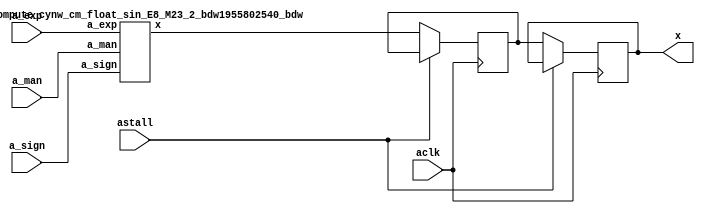
module DFT_compute_cynw_cm_float_sin_E8_M23_4( a_sign, a_exp, a_man, x, aclk, astall );
input a_sign;
input [7:0] a_exp;
input [22:0] a_man;
output [36:0] x;
wire[36:0] x_wire;
input aclk;
input astall;
DFT_compute_cynw_cm_float_sin_E8_M23_2_bdw1955802540_bdw DFT_compute_cynw_cm_float_sin_E8_M23_2_inst( .a_sign(a_sign), .a_exp(a_exp), .a_man(a_man), .x(x_wire));
reg [36:0] x_reg_0;
/* $A : movable_reg */
always @(posedge aclk) begin
    if ( !astall) x_reg_0 <= x_wire;
end
/* $A : movable_reg = reset */
reg [36:0] x_reg_1;
/* $A : movable_reg */
always @(posedge aclk) begin
    if ( !astall) x_reg_1 <= x_reg_0;
end
/* $A : movable_reg = reset */
assign x = x_reg_1;
endmodule
/*****************************************************************************
    Verilog Hierarchical RTL Description
    
    
    Created by: CellMath Designer 2019.1.01 
*******************************************************************************/

module DFT_compute_cynw_cm_float_sin_E8_M23_2_bdw1955802540_bdw (
	a_sign,
	a_exp,
	a_man,
	x
	); /* architecture "behavioural" */ 
input  a_sign;
input [7:0] a_exp;
input [22:0] a_man;
output [36:0] x;
wire  inst_cellmath__17,
	inst_cellmath__19,
	inst_cellmath__24;
wire [8:0] inst_cellmath__42;
wire [22:0] inst_cellmath__61;
wire  inst_cellmath__66,
	inst_cellmath__67,
	inst_cellmath__68,
	inst_cellmath__69,
	inst_cellmath__82;
wire [0:0] inst_cellmath__115__W1;
wire [29:0] inst_cellmath__195;
wire [20:0] inst_cellmath__197;
wire [32:0] inst_cellmath__198;
wire [49:0] inst_cellmath__200,
	inst_cellmath__201;
wire [30:0] inst_cellmath__210;
wire [4:0] inst_cellmath__215;
wire  inst_cellmath__219,
	inst_cellmath__223;
wire [7:0] inst_cellmath__228;
wire [22:0] inst_cellmath__231;
wire [31:0] inst_cellmath__237;
wire [0:0] inst_cellmath__79__46;
wire [20:0] inst_cellmath__197__131;
wire [31:0] inst_cellmath__211__183;
wire [5:0] inst_cellmath__211__182;
wire [0:0] inst_cellmath__216__184;
wire [53:0] inst_cellmath__220__188;
wire [6:0] inst_cellmath__221__195;
wire [0:0] inst_cellmath__223__207,
	inst_cellmath__223__208,
	inst_cellmath__223__199,
	inst_cellmath__224__212,
	inst_cellmath__228__231;
wire [55:0] inst_blk01_cellmath__39_56_0_;
wire [1:0] inst_cellmath__216_0;
wire [30:0] inst_cellmath__220_22_0_,
	inst_cellmath__220_22_0__0,
	inst_cellmath__220_22_0__1;
wire [29:0] inst_cellmath__48_32_0_;
wire [1:0] inst_cellmath__231__242_0_0_0;
wire [72:0] inst_cellmath__195__80_0_0;
wire [23:0] inst_blk01_cellmath__39__12_10_0,
	inst_blk01_cellmath__39__12_10_1,
	inst_blk01_cellmath__39__12_10_2,
	inst_blk01_cellmath__39__12_10_3,
	inst_blk01_cellmath__39__12_10_4,
	inst_blk01_cellmath__39__12_10_5,
	inst_blk01_cellmath__39__12_10_6,
	inst_blk01_cellmath__39__12_10_7,
	inst_blk01_cellmath__39__12_10_8,
	inst_blk01_cellmath__39__12_10_9,
	inst_blk01_cellmath__39__12_10_10;
wire [16:0] inst_cellmath__113_0_0,
	inst_cellmath__113_0_1;
wire [1:0] inst_cellmath__116__W1_0_0_1_0,
	inst_cellmath__116__W1_0_0_1_1;

assign x[32] = 1'B0;

assign inst_blk01_cellmath__39__12_10_0 = {1'B1,a_man};

assign inst_blk01_cellmath__39__12_10_1 = {1'B1,a_man};

assign inst_blk01_cellmath__39__12_10_2 = {1'B1,a_man};

assign inst_blk01_cellmath__39__12_10_3 = {1'B1,a_man};

assign inst_blk01_cellmath__39__12_10_4 = {1'B1,a_man};

assign inst_blk01_cellmath__39__12_10_5 = {1'B1,a_man};

assign inst_blk01_cellmath__39__12_10_6 = {1'B1,a_man};

assign inst_blk01_cellmath__39__12_10_7 = {1'B1,a_man};

assign inst_blk01_cellmath__39__12_10_8 = {1'B1,a_man};

assign inst_blk01_cellmath__39__12_10_9 = {1'B1,a_man};

assign inst_blk01_cellmath__39__12_10_10 = {1'B1,a_man};
cynw_cm_float_sin_inst_blk01_cellmath__39_bdw1955802540_bdw inst_blk01_cellmath__39_0(
	.inst_blk01_cellmath__39_out0(inst_blk01_cellmath__39_56_0_),
	.inst_blk01_cellmath__39_in0(a_man)
	) ;
cynw_cm_float_sin_inst_cellmath__42_0_bdw1955802540_bdw inst_cellmath__42_0_0(
	.inst_cellmath__42_0_out0(inst_cellmath__42[5:0]),
	.inst_cellmath__42_0_in0(a_exp[5:0])
	) ;
cynw_cm_float_sin_inst_cellmath__48_bdw1955802540_bdw inst_cellmath__48_0(
	.inst_cellmath__48_out0(inst_cellmath__48_32_0_[24:0]),
	.inst_cellmath__48_in0(inst_cellmath__42[5:0]),
	.inst_cellmath__48_in1(inst_blk01_cellmath__39_56_0_[55:26])
	) ;
cynw_cm_float_sin_inst_cellmath__61_0_bdw1955802540_bdw inst_cellmath__61_0_0(
	.inst_cellmath__61_0_out0(inst_cellmath__61),
	.inst_cellmath__61_0_in0(inst_cellmath__48_32_0_[23:0])
	) ;

assign inst_cellmath__115__W1 = ~inst_cellmath__61[16];

assign inst_cellmath__116__W1_0_0_1_0 = {inst_cellmath__115__W1,inst_cellmath__61[15]};

assign inst_cellmath__116__W1_0_0_1_1 = {inst_cellmath__115__W1,inst_cellmath__61[15]};

assign inst_cellmath__113_0_0 = {inst_cellmath__116__W1_0_0_1_1,inst_cellmath__61[14:0]};

assign inst_cellmath__113_0_1 = {inst_cellmath__116__W1_0_0_1_0,inst_cellmath__61[14:0]};
cynw_cm_float_sin_inst_cellmath__195__80__2WWMM_2WWMM_bdw1955802540_bdw inst_cellmath__195__80__2WWMM_2WWMM_0(
	.inst_cellmath__195__80__2WWMM_2WWMM_out0(inst_cellmath__195__80_0_0),
	.inst_cellmath__195__80__2WWMM_2WWMM_in0(inst_cellmath__61[22:17])
	) ;

assign inst_cellmath__195[29:4] = inst_cellmath__195__80_0_0[72:47];

assign inst_cellmath__195[3:0] = inst_cellmath__195__80_0_0[46:43];

assign inst_cellmath__197__131[20] = 1'B1;

assign inst_cellmath__197[2:0] = inst_cellmath__195__80_0_0[25:23];

assign inst_cellmath__197__131[19:0] = inst_cellmath__195__80_0_0[42:23];

assign inst_cellmath__197[20:18] = inst_cellmath__197__131[20:18];

assign inst_cellmath__197[17:3] = inst_cellmath__195__80_0_0[40:26];
cynw_cm_float_sin_inst_cellmath__198_0_bdw1955802540_bdw inst_cellmath__198_0_0(
	.inst_cellmath__198_0_out0(inst_cellmath__198),
	.inst_cellmath__198_0_in0(inst_cellmath__61[15:0]),
	.inst_cellmath__198_0_in1(inst_cellmath__115__W1)
	) ;
cynw_cm_float_sin_inst_cellmath__201_0_bdw1955802540_bdw inst_cellmath__201_0_0(
	.inst_cellmath__201_0_out0(inst_cellmath__201),
	.inst_cellmath__201_0_in0(inst_cellmath__61[15:0]),
	.inst_cellmath__201_0_in1(inst_cellmath__198[32:17]),
	.inst_cellmath__201_0_in2(inst_cellmath__195__80_0_0[72:23]),
	.inst_cellmath__201_0_in3(inst_cellmath__195__80_0_0[21:0]),
	.inst_cellmath__201_0_in4(inst_cellmath__115__W1)
	) ;
cynw_cm_float_sin_inst_cellmath__200_0_bdw1955802540_bdw inst_cellmath__200_0_0(
	.inst_cellmath__200_0_out0(inst_cellmath__200[48:0]),
	.inst_cellmath__200_0_in0(inst_cellmath__201)
	) ;

assign inst_cellmath__210 = {{8{1'B0}}, inst_cellmath__200[47:25]};
cynw_cm_float_sin_inst_cellmath__19_0_bdw1955802540_bdw inst_cellmath__19_0_0(
	.inst_cellmath__19_0_out0(inst_cellmath__19),
	.inst_cellmath__19_0_in0(a_exp)
	) ;
cynw_cm_float_sin_inst_cellmath__24_0_bdw1955802540_bdw inst_cellmath__24_0_0(
	.inst_cellmath__24_0_out0(inst_cellmath__24),
	.inst_cellmath__24_0_in0(a_man)
	) ;
cynw_cm_float_sin_inst_cellmath__66_0_bdw1955802540_bdw inst_cellmath__66_0_0(
	.inst_cellmath__66_0_out0(inst_cellmath__66),
	.inst_cellmath__66_0_in0(inst_cellmath__24),
	.inst_cellmath__66_0_in1(inst_cellmath__19),
	.inst_cellmath__66_0_in2(a_sign)
	) ;
cynw_cm_float_sin_inst_cellmath__67_0_bdw1955802540_bdw inst_cellmath__67_0_0(
	.inst_cellmath__67_0_out0(inst_cellmath__67),
	.inst_cellmath__67_0_in0(inst_cellmath__24),
	.inst_cellmath__67_0_in1(inst_cellmath__19),
	.inst_cellmath__67_0_in2(a_sign)
	) ;
cynw_cm_float_sin_inst_cellmath__68_0_bdw1955802540_bdw inst_cellmath__68_0_0(
	.inst_cellmath__68_0_out0(inst_cellmath__68),
	.inst_cellmath__68_0_in0(inst_cellmath__67),
	.inst_cellmath__68_0_in1(inst_cellmath__66)
	) ;
cynw_cm_float_sin_inst_cellmath__69_0_bdw1955802540_bdw inst_cellmath__69_0_0(
	.inst_cellmath__69_0_out0(inst_cellmath__69),
	.inst_cellmath__69_0_in0(inst_cellmath__24),
	.inst_cellmath__69_0_in1(inst_cellmath__19)
	) ;
cynw_cm_float_sin_inst_cellmath__82_0_bdw1955802540_bdw inst_cellmath__82_0_0(
	.inst_cellmath__82_0_out0(inst_cellmath__82),
	.inst_cellmath__82_0_in0(inst_cellmath__69),
	.inst_cellmath__82_0_in1(inst_cellmath__19)
	) ;
cynw_cm_float_sin_inst_cellmath__17_0_bdw1955802540_bdw inst_cellmath__17_0_0(
	.inst_cellmath__17_0_out0(inst_cellmath__17),
	.inst_cellmath__17_0_in0(a_exp)
	) ;
cynw_cm_float_sin_inst_cellmath__79__46__bdw1955802540_bdw inst_cellmath__79__46__0(
	.inst_cellmath__79__46__out0(inst_cellmath__79__46),
	.inst_cellmath__79__46__in0(inst_cellmath__68),
	.inst_cellmath__79__46__in1(inst_cellmath__17)
	) ;
cynw_cm_float_sin_inst_cellmath__228__231__bdw1955802540_bdw inst_cellmath__228__231__0(
	.inst_cellmath__228__231__out0(inst_cellmath__228__231),
	.inst_cellmath__228__231__in0(inst_cellmath__82),
	.inst_cellmath__228__231__in1(inst_cellmath__79__46),
	.inst_cellmath__228__231__in2(inst_cellmath__68)
	) ;

assign inst_cellmath__231__242_0_0_0 = {inst_cellmath__228__231,inst_cellmath__200[46]};
cynw_cm_float_sin_inst_cellmath__216__184__bdw1955802540_bdw inst_cellmath__216__184__0(
	.inst_cellmath__216__184__out0(inst_cellmath__216__184),
	.inst_cellmath__216__184__in0(a_exp)
	) ;
cynw_cm_float_sin_inst_cellmath__219_0_bdw1955802540_bdw inst_cellmath__219_0_0(
	.inst_cellmath__219_0_out0(inst_cellmath__219),
	.inst_cellmath__219_0_in0(inst_cellmath__61[22]),
	.inst_cellmath__219_0_in1(inst_cellmath__200[48])
	) ;

assign inst_cellmath__216_0 = {inst_cellmath__216__184,inst_cellmath__219};

assign inst_cellmath__211__183 = {inst_cellmath__210,1'B1};
cynw_cm_float_sin_inst_cellmath__211__182__bdw1955802540_bdw inst_cellmath__211__182__0(
	.inst_cellmath__211__182__out0(inst_cellmath__211__182[4:0]),
	.inst_cellmath__211__182__in0(inst_cellmath__200[47:25])
	) ;
cynw_cm_float_sin_inst_cellmath__215_0_bdw1955802540_bdw inst_cellmath__215_0_0(
	.inst_cellmath__215_0_out0(inst_cellmath__215),
	.inst_cellmath__215_0_in0(inst_cellmath__211__182[4:0])
	) ;
cynw_cm_float_sin_inst_cellmath__220__188__bdw1955802540_bdw inst_cellmath__220__188__0(
	.inst_cellmath__220__188__out0(inst_cellmath__220__188[22:0]),
	.inst_cellmath__220__188__in0(inst_cellmath__215),
	.inst_cellmath__220__188__in1(inst_cellmath__200[47:25])
	) ;
cynw_cm_float_sin_inst_cellmath__221__195__bdw1955802540_bdw inst_cellmath__221__195__0(
	.inst_cellmath__221__195__out0(inst_cellmath__221__195),
	.inst_cellmath__221__195__in0(inst_cellmath__215)
	) ;

assign inst_cellmath__220_22_0__0 = {inst_cellmath__220__188[22:0],1'B0,inst_cellmath__221__195};

assign inst_cellmath__220_22_0__1 = {a_man,a_exp};
cynw_cm_float_sin_inst_cellmath__220_2WWMM_bdw1955802540_bdw inst_cellmath__220_2WWMM_0(
	.inst_cellmath__220_2WWMM_out0(inst_cellmath__220_22_0_),
	.inst_cellmath__220_2WWMM_in0(inst_cellmath__221__195),
	.inst_cellmath__220_2WWMM_in1(inst_cellmath__220__188[22:0]),
	.inst_cellmath__220_2WWMM_in2(inst_cellmath__219),
	.inst_cellmath__220_2WWMM_in3(inst_cellmath__216__184),
	.inst_cellmath__220_2WWMM_in4(a_man),
	.inst_cellmath__220_2WWMM_in5(a_exp)
	) ;
cynw_cm_float_sin_inst_cellmath__223__208__bdw1955802540_bdw inst_cellmath__223__208__0(
	.inst_cellmath__223__208__out0(inst_cellmath__223__208),
	.inst_cellmath__223__208__in0(inst_cellmath__220_22_0_[29:0])
	) ;
cynw_cm_float_sin_inst_cellmath__223__207__bdw1955802540_bdw inst_cellmath__223__207__0(
	.inst_cellmath__223__207__out0(inst_cellmath__223__207),
	.inst_cellmath__223__207__in0(inst_cellmath__48_32_0_[24]),
	.inst_cellmath__223__207__in1(a_sign)
	) ;
cynw_cm_float_sin_inst_cellmath__223__199__bdw1955802540_bdw inst_cellmath__223__199__0(
	.inst_cellmath__223__199__out0(inst_cellmath__223__199),
	.inst_cellmath__223__199__in0(inst_cellmath__82),
	.inst_cellmath__223__199__in1(inst_cellmath__79__46),
	.inst_cellmath__223__199__in2(inst_cellmath__223__208),
	.inst_cellmath__223__199__in3(inst_cellmath__223__207)
	) ;
cynw_cm_float_sin_inst_cellmath__223_0_bdw1955802540_bdw inst_cellmath__223_0_0(
	.inst_cellmath__223_0_out0(inst_cellmath__223),
	.inst_cellmath__223_0_in0(inst_cellmath__223__199),
	.inst_cellmath__223_0_in1(inst_cellmath__216__184),
	.inst_cellmath__223_0_in2(a_sign)
	) ;
cynw_cm_float_sin_inst_cellmath__224__212__bdw1955802540_bdw inst_cellmath__224__212__0(
	.inst_cellmath__224__212__out0(inst_cellmath__224__212),
	.inst_cellmath__224__212__in0(inst_cellmath__82),
	.inst_cellmath__224__212__in1(inst_cellmath__79__46)
	) ;
cynw_cm_float_sin_inst_cellmath__228_0_bdw1955802540_bdw inst_cellmath__228_0_0(
	.inst_cellmath__228_0_out0(inst_cellmath__228),
	.inst_cellmath__228_0_in0(inst_cellmath__228__231),
	.inst_cellmath__228_0_in1(inst_cellmath__224__212),
	.inst_cellmath__228_0_in2(inst_cellmath__220_22_0_[7:0])
	) ;
cynw_cm_float_sin_inst_cellmath__231_0_bdw1955802540_bdw inst_cellmath__231_0_0(
	.inst_cellmath__231_0_out0(inst_cellmath__231),
	.inst_cellmath__231_0_in0(inst_cellmath__82),
	.inst_cellmath__231_0_in1(inst_cellmath__228__231),
	.inst_cellmath__231_0_in2(inst_cellmath__220_22_0_[30:8]),
	.inst_cellmath__231_0_in3(inst_cellmath__200[46])
	) ;

assign inst_cellmath__237 = {inst_cellmath__223,inst_cellmath__228,inst_cellmath__231};

assign x[31:0] = inst_cellmath__237;

assign x[36:33] = 4'B0000;
endmodule

module cynw_cm_float_sin_inst_blk01_cellmath__39_bdw1955802540_bdw (
	inst_blk01_cellmath__39_out0,
	inst_blk01_cellmath__39_in0
	); /* architecture "behavioural" */ 
output [55:0] inst_blk01_cellmath__39_out0;
input [22:0] inst_blk01_cellmath__39_in0;
wire [23:0] inst_blk01_cellmath__39__12_10_9,
	inst_blk01_cellmath__39__12_10_8,
	inst_blk01_cellmath__39__12_10_7,
	inst_blk01_cellmath__39__12_10_6,
	inst_blk01_cellmath__39__12_10_5,
	inst_blk01_cellmath__39__12_10_4,
	inst_blk01_cellmath__39__12_10_3,
	inst_blk01_cellmath__39__12_10_2,
	inst_blk01_cellmath__39__12_10_1,
	inst_blk01_cellmath__39__12_10_0,
	inst_blk01_cellmath__39__12_10_10;

assign inst_blk01_cellmath__39__12_10_9 = {1'B1,inst_blk01_cellmath__39_in0};

assign inst_blk01_cellmath__39__12_10_8 = {1'B1,inst_blk01_cellmath__39_in0};

assign inst_blk01_cellmath__39__12_10_7 = {1'B1,inst_blk01_cellmath__39_in0};

assign inst_blk01_cellmath__39__12_10_6 = {1'B1,inst_blk01_cellmath__39_in0};

assign inst_blk01_cellmath__39__12_10_5 = {1'B1,inst_blk01_cellmath__39_in0};

assign inst_blk01_cellmath__39__12_10_4 = {1'B1,inst_blk01_cellmath__39_in0};

assign inst_blk01_cellmath__39__12_10_3 = {1'B1,inst_blk01_cellmath__39_in0};

assign inst_blk01_cellmath__39__12_10_2 = {1'B1,inst_blk01_cellmath__39_in0};

assign inst_blk01_cellmath__39__12_10_1 = {1'B1,inst_blk01_cellmath__39_in0};

assign inst_blk01_cellmath__39__12_10_0 = {1'B1,inst_blk01_cellmath__39_in0};

assign inst_blk01_cellmath__39__12_10_10 = {1'B1,inst_blk01_cellmath__39_in0};

assign inst_blk01_cellmath__39_out0 = 
	-((inst_blk01_cellmath__39__12_10_9<<1))
	-((inst_blk01_cellmath__39__12_10_8<<4))
	-((inst_blk01_cellmath__39__12_10_7<<7))
	+((inst_blk01_cellmath__39__12_10_6<<10))
	-((inst_blk01_cellmath__39__12_10_5<<15))
	+((inst_blk01_cellmath__39__12_10_4<<17))
	-((inst_blk01_cellmath__39__12_10_3<<19))
	-((inst_blk01_cellmath__39__12_10_2<<24))
	+((inst_blk01_cellmath__39__12_10_1<<26))
	+((inst_blk01_cellmath__39__12_10_0<<29))
	+((inst_blk01_cellmath__39__12_10_10<<31));
endmodule

module cynw_cm_float_sin_inst_cellmath__42_0_bdw1955802540_bdw (
	inst_cellmath__42_0_out0,
	inst_cellmath__42_0_in0
	); /* architecture "behavioural" */ 
output [5:0] inst_cellmath__42_0_out0;
input [5:0] inst_cellmath__42_0_in0;

assign inst_cellmath__42_0_out0 = 
	-(inst_cellmath__42_0_in0)
	+(6'B000101);
endmodule

module cynw_cm_float_sin_inst_cellmath__48_bdw1955802540_bdw (
	inst_cellmath__48_out0,
	inst_cellmath__48_in0,
	inst_cellmath__48_in1
	); /* architecture "behavioural" */ 
output [24:0] inst_cellmath__48_out0;
input [5:0] inst_cellmath__48_in0;
input [55:26] inst_cellmath__48_in1;

assign inst_cellmath__48_out0 = inst_cellmath__48_in1 >> inst_cellmath__48_in0;
endmodule

module cynw_cm_float_sin_inst_cellmath__61_0_bdw1955802540_bdw (
	inst_cellmath__61_0_out0,
	inst_cellmath__61_0_in0
	); /* architecture "behavioural" */ 
output [22:0] inst_cellmath__61_0_out0;
input [23:0] inst_cellmath__61_0_in0;

reg [22:0] inst_cellmath__61_0_out0_tmp_0;
assign inst_cellmath__61_0_out0 = inst_cellmath__61_0_out0_tmp_0;
always @ (inst_cellmath__61_0_in0[23] or inst_cellmath__61_0_in0[22:0]) begin
	case (inst_cellmath__61_0_in0[23])
		1'B0 : inst_cellmath__61_0_out0_tmp_0 = inst_cellmath__61_0_in0[22:0] ;
		default : inst_cellmath__61_0_out0_tmp_0 = ~inst_cellmath__61_0_in0[22:0] ;
	endcase
end
endmodule

module cynw_cm_float_sin_inst_cellmath__195__80__2WWMM_2WWMM_bdw1955802540_bdw (
	inst_cellmath__195__80__2WWMM_2WWMM_out0,
	inst_cellmath__195__80__2WWMM_2WWMM_in0
	); /* architecture "behavioural" */ 
output [72:0] inst_cellmath__195__80__2WWMM_2WWMM_out0;
input [22:17] inst_cellmath__195__80__2WWMM_2WWMM_in0;

reg [72:0] inst_cellmath__195__80__2WWMM_2WWMM_out0_tmp_0;
assign inst_cellmath__195__80__2WWMM_2WWMM_out0 = inst_cellmath__195__80__2WWMM_2WWMM_out0_tmp_0;
always @ (inst_cellmath__195__80__2WWMM_2WWMM_in0) begin
	case (inst_cellmath__195__80__2WWMM_2WWMM_in0)
		6'B000000 : inst_cellmath__195__80__2WWMM_2WWMM_out0_tmp_0 = 73'B0000001100100100001110100100001111111000010000000001100100100001011000001 ;
		6'B000001 : inst_cellmath__195__80__2WWMM_2WWMM_out0_tmp_0 = 73'B0000100101101100001100101011111111101000110000001001100100011101100000000 ;
		6'B000010 : inst_cellmath__195__80__2WWMM_2WWMM_out0_tmp_0 = 73'B0000111110110010101101110011111111011001010001001001100100010101110000001 ;
		6'B000011 : inst_cellmath__195__80__2WWMM_2WWMM_out0_tmp_0 = 73'B0001010111110110110100000000111111001001110011101001100100001010001000110 ;
		6'B000100 : inst_cellmath__195__80__2WWMM_2WWMM_out0_tmp_0 = 73'B0001110000110111100001011100101110111010011000010001100011111010101010001 ;
		6'B000101 : inst_cellmath__195__80__2WWMM_2WWMM_out0_tmp_0 = 73'B0010001001110011111000011001111110101010111111100001100011100111010101001 ;
		6'B000110 : inst_cellmath__195__80__2WWMM_2WWMM_out0_tmp_0 = 73'B0010100010101010111011010110011110011011101010000101100011010000001010010 ;
		6'B000111 : inst_cellmath__195__80__2WWMM_2WWMM_out0_tmp_0 = 73'B0010111011011011101100111011111110001100011000100001100010110101001010100 ;
		6'B001000 : inst_cellmath__195__80__2WWMM_2WWMM_out0_tmp_0 = 73'B0011010100000101010000000100111101111101001011011001100010010110010110111 ;
		6'B001001 : inst_cellmath__195__80__2WWMM_2WWMM_out0_tmp_0 = 73'B0011101100100110100111111100111101101110000011010101100001110011110000101 ;
		6'B001010 : inst_cellmath__195__80__2WWMM_2WWMM_out0_tmp_0 = 73'B0100000100111110111000000011101101011111000000111001100001001101011001001 ;
		6'B001011 : inst_cellmath__195__80__2WWMM_2WWMM_out0_tmp_0 = 73'B0100011101001101000100001111111101010000000100101001100000100011010001101 ;
		6'B001100 : inst_cellmath__195__80__2WWMM_2WWMM_out0_tmp_0 = 73'B0100110101010000010000110000111101000001001111001101011111110101011100000 ;
		6'B001101 : inst_cellmath__195__80__2WWMM_2WWMM_out0_tmp_0 = 73'B0101001101000111100010010000101100110010100001001001011111000011111010000 ;
		6'B001110 : inst_cellmath__195__80__2WWMM_2WWMM_out0_tmp_0 = 73'B0101100100110001111101110111011100100011111010111101011110001110101101011 ;
		6'B001111 : inst_cellmath__195__80__2WWMM_2WWMM_out0_tmp_0 = 73'B0101111100001110101001001100011100010101011101010001011101010101111000010 ;
		6'B010000 : inst_cellmath__195__80__2WWMM_2WWMM_out0_tmp_0 = 73'B0110010011011100101010011001001100000111001000100101011100011001011100111 ;
		6'B010001 : inst_cellmath__195__80__2WWMM_2WWMM_out0_tmp_0 = 73'B0110101010011011001000001010111011111000111101100001011011011001011101100 ;
		6'B010010 : inst_cellmath__195__80__2WWMM_2WWMM_out0_tmp_0 = 73'B0111000001001001001001110110001011101010111100101001011010010101111100100 ;
		6'B010011 : inst_cellmath__195__80__2WWMM_2WWMM_out0_tmp_0 = 73'B0111010111100101110111010111001011011101000110011001011001001110111100110 ;
		6'B010100 : inst_cellmath__195__80__2WWMM_2WWMM_out0_tmp_0 = 73'B0111101101110000011001010100111011001111011011011001011000000100100000111 ;
		6'B010101 : inst_cellmath__195__80__2WWMM_2WWMM_out0_tmp_0 = 73'B1000000011100111111001000011111011000001111100000101010110110110101011101 ;
		6'B010110 : inst_cellmath__195__80__2WWMM_2WWMM_out0_tmp_0 = 73'B1000011001001011100000100110111010110100101001000101010101100101100000000 ;
		6'B010111 : inst_cellmath__195__80__2WWMM_2WWMM_out0_tmp_0 = 73'B1000101110011010011010110010001010100111100010110101010100010001000001011 ;
		6'B011000 : inst_cellmath__195__80__2WWMM_2WWMM_out0_tmp_0 = 73'B1001000011010011110011001100101010011010101001111001010010111001010010110 ;
		6'B011001 : inst_cellmath__195__80__2WWMM_2WWMM_out0_tmp_0 = 73'B1001010111110110110110010011001010001101111110101101010001011110010111101 ;
		6'B011010 : inst_cellmath__195__80__2WWMM_2WWMM_out0_tmp_0 = 73'B1001101100000010110001011000101010000001100001110001010000000000010011100 ;
		6'B011011 : inst_cellmath__195__80__2WWMM_2WWMM_out0_tmp_0 = 73'B1001111111110110110010101001111001110101010011100101001110011111001001111 ;
		6'B011100 : inst_cellmath__195__80__2WWMM_2WWMM_out0_tmp_0 = 73'B1010010011010010001001001101111001101001010100100101001100111010111110110 ;
		6'B011101 : inst_cellmath__195__80__2WWMM_2WWMM_out0_tmp_0 = 73'B1010100110010100000101001001011001011101100101010101001011010011110101110 ;
		6'B011110 : inst_cellmath__195__80__2WWMM_2WWMM_out0_tmp_0 = 73'B1010111000111011110111011111011001010010000110001001001001101001110010111 ;
		6'B011111 : inst_cellmath__195__80__2WWMM_2WWMM_out0_tmp_0 = 73'B1011001011001000110010010011001001000110110111100101000111111100111010011 ;
		6'B100000 : inst_cellmath__195__80__2WWMM_2WWMM_out0_tmp_0 = 73'B1011011100111010001000101010101000111011111010000001000110001101010000011 ;
		6'B100001 : inst_cellmath__195__80__2WWMM_2WWMM_out0_tmp_0 = 73'B1011101110001111001110101111101000110001001101111001000100011010111001001 ;
		6'B100010 : inst_cellmath__195__80__2WWMM_2WWMM_out0_tmp_0 = 73'B1011111111000111011001110001111000100110110011100101000010100101111001000 ;
		6'B100011 : inst_cellmath__195__80__2WWMM_2WWMM_out0_tmp_0 = 73'B1100001111100010000000000111111000011100101011100001000000101110010100101 ;
		6'B100100 : inst_cellmath__195__80__2WWMM_2WWMM_out0_tmp_0 = 73'B1100011111011110011001010010001000010010110110000100111110110100010000101 ;
		6'B100101 : inst_cellmath__195__80__2WWMM_2WWMM_out0_tmp_0 = 73'B1100101110111011111101111010101000001001010011101000111100110111110001100 ;
		6'B100110 : inst_cellmath__195__80__2WWMM_2WWMM_out0_tmp_0 = 73'B1100111101111010000111110111101000000000000100101000111010111000111100010 ;
		6'B100111 : inst_cellmath__195__80__2WWMM_2WWMM_out0_tmp_0 = 73'B1101001100011000010010001101100111110111001001010100111000110111110101110 ;
		6'B101000 : inst_cellmath__195__80__2WWMM_2WWMM_out0_tmp_0 = 73'B1101011010010101111001001111000111101110100010000100110110110100100010111 ;
		6'B101001 : inst_cellmath__195__80__2WWMM_2WWMM_out0_tmp_0 = 73'B1101100111110010011010011111100111100110001111010000110100101111001000110 ;
		6'B101010 : inst_cellmath__195__80__2WWMM_2WWMM_out0_tmp_0 = 73'B1101110100101101010100110011100111011110010001001100110010100111101100100 ;
		6'B101011 : inst_cellmath__195__80__2WWMM_2WWMM_out0_tmp_0 = 73'B1110000001000110001000010011010111010110101000001000110000011110010011011 ;
		6'B101100 : inst_cellmath__195__80__2WWMM_2WWMM_out0_tmp_0 = 73'B1110001100111100010110011010010111001111010100011100101110010011000010101 ;
		6'B101101 : inst_cellmath__195__80__2WWMM_2WWMM_out0_tmp_0 = 73'B1110011000001111100001111010000111001000010110010100101100000101111111110 ;
		6'B101110 : inst_cellmath__195__80__2WWMM_2WWMM_out0_tmp_0 = 73'B1110100010111111001110111010000111000001101110001000101001110111010000000 ;
		6'B101111 : inst_cellmath__195__80__2WWMM_2WWMM_out0_tmp_0 = 73'B1110101101001011000010111010000110111011011100000100100111100110111001000 ;
		6'B110000 : inst_cellmath__195__80__2WWMM_2WWMM_out0_tmp_0 = 73'B1110110110110010100100110001000110110101100000011000100101010101000000010 ;
		6'B110001 : inst_cellmath__195__80__2WWMM_2WWMM_out0_tmp_0 = 73'B1110111111110101011100110001000110101111111011010100100011000001101011011 ;
		6'B110010 : inst_cellmath__195__80__2WWMM_2WWMM_out0_tmp_0 = 73'B1111001000010011010100100101100110101010101101000100100000101101000000001 ;
		6'B110011 : inst_cellmath__195__80__2WWMM_2WWMM_out0_tmp_0 = 73'B1111010000001011110111010101110110100101110101110100011110010111000100001 ;
		6'B110100 : inst_cellmath__195__80__2WWMM_2WWMM_out0_tmp_0 = 73'B1111010111011110110001100100100110100001010101110100011011111111111101010 ;
		6'B110101 : inst_cellmath__195__80__2WWMM_2WWMM_out0_tmp_0 = 73'B1111011110001011110001010010000110011101001101001100011001100111110001010 ;
		6'B110110 : inst_cellmath__195__80__2WWMM_2WWMM_out0_tmp_0 = 73'B1111100100010010100101111011110110011001011100000100010111001110100110001 ;
		6'B110111 : inst_cellmath__195__80__2WWMM_2WWMM_out0_tmp_0 = 73'B1111101001110011000000011101100110010110000010101100010100110100100001101 ;
		6'B111000 : inst_cellmath__195__80__2WWMM_2WWMM_out0_tmp_0 = 73'B1111101110101100110011010001110110010011000001001000010010011001101001110 ;
		6'B111001 : inst_cellmath__195__80__2WWMM_2WWMM_out0_tmp_0 = 73'B1111110010111111110010010010100110010000010111100000001111111110000100100 ;
		6'B111010 : inst_cellmath__195__80__2WWMM_2WWMM_out0_tmp_0 = 73'B1111110110101011110010111000110110001110000101111100001101100001110111111 ;
		6'B111011 : inst_cellmath__195__80__2WWMM_2WWMM_out0_tmp_0 = 73'B1111111001110000101011111110110110001100001100100000001011000101001001111 ;
		6'B111100 : inst_cellmath__195__80__2WWMM_2WWMM_out0_tmp_0 = 73'B1111111100001110010101111110010110001010101011010000001000101000000000100 ;
		6'B111101 : inst_cellmath__195__80__2WWMM_2WWMM_out0_tmp_0 = 73'B1111111110000100101010110010110110001001100010010000000110001010100001111 ;
		6'B111110 : inst_cellmath__195__80__2WWMM_2WWMM_out0_tmp_0 = 73'B1111111111010011100101111000000110001000110001100100000011101100110100000 ;
		default : inst_cellmath__195__80__2WWMM_2WWMM_out0_tmp_0 = 73'B1111111111111011000100001011010110001000011001001100000001001110111101000 ;
	endcase
end
endmodule

module cynw_cm_float_sin_inst_cellmath__198_0_bdw1955802540_bdw (
	inst_cellmath__198_0_out0,
	inst_cellmath__198_0_in0,
	inst_cellmath__198_0_in1
	); /* architecture "behavioural" */ 
output [32:0] inst_cellmath__198_0_out0;
input [15:0] inst_cellmath__198_0_in0;
input [0:0] inst_cellmath__198_0_in1;
wire [16:0] inst_cellmath__113_0_0;
wire [1:0] inst_cellmath__116__W1_0_0_1_1;

assign inst_cellmath__116__W1_0_0_1_1 = {inst_cellmath__198_0_in1,inst_cellmath__198_0_in0[15]};

assign inst_cellmath__113_0_0 = {inst_cellmath__116__W1_0_0_1_1,inst_cellmath__198_0_in0[14:0]};

assign inst_cellmath__198_0_out0 = 
	+(
		 (({1{inst_cellmath__113_0_0[16]}}&{1'B1}) << 32)
		+(({3{inst_cellmath__113_0_0[15]}}&{inst_cellmath__113_0_0[16],1'B0,1'B1}) << 30)
		+(({5{inst_cellmath__113_0_0[14]}}&{{{1{inst_cellmath__113_0_0[16]}}, inst_cellmath__113_0_0[16:15]},1'B0,1'B1}) << 28)
		+(({7{inst_cellmath__113_0_0[13]}}&{{{2{inst_cellmath__113_0_0[16]}}, inst_cellmath__113_0_0[16:14]},1'B0,1'B1}) << 26)
		+(({9{inst_cellmath__113_0_0[12]}}&{{{3{inst_cellmath__113_0_0[16]}}, inst_cellmath__113_0_0[16:13]},1'B0,1'B1}) << 24)
		+(({11{inst_cellmath__113_0_0[11]}}&{{{4{inst_cellmath__113_0_0[16]}}, inst_cellmath__113_0_0[16:12]},1'B0,1'B1}) << 22)
		+(({13{inst_cellmath__113_0_0[10]}}&{{{5{inst_cellmath__113_0_0[16]}}, inst_cellmath__113_0_0[16:11]},1'B0,1'B1}) << 20)
		+(({15{inst_cellmath__113_0_0[9]}}&{{{6{inst_cellmath__113_0_0[16]}}, inst_cellmath__113_0_0[16:10]},1'B0,1'B1}) << 18)
		+(({17{inst_cellmath__113_0_0[8]}}&{{{7{inst_cellmath__113_0_0[16]}}, inst_cellmath__113_0_0[16:9]},1'B0,1'B1}) << 16)
		+(({19{inst_cellmath__113_0_0[7]}}&{{{8{inst_cellmath__113_0_0[16]}}, inst_cellmath__113_0_0[16:8]},1'B0,1'B1}) << 14)
		+(({21{inst_cellmath__113_0_0[6]}}&{{{9{inst_cellmath__113_0_0[16]}}, inst_cellmath__113_0_0[16:7]},1'B0,1'B1}) << 12)
		+(({23{inst_cellmath__113_0_0[5]}}&{{{10{inst_cellmath__113_0_0[16]}}, inst_cellmath__113_0_0[16:6]},1'B0,1'B1}) << 10)
		+(({25{inst_cellmath__113_0_0[4]}}&{{{11{inst_cellmath__113_0_0[16]}}, inst_cellmath__113_0_0[16:5]},1'B0,1'B1}) << 8)
		+(({27{inst_cellmath__113_0_0[3]}}&{{{12{inst_cellmath__113_0_0[16]}}, inst_cellmath__113_0_0[16:4]},1'B0,1'B1}) << 6)
		+(({29{inst_cellmath__113_0_0[2]}}&{{{13{inst_cellmath__113_0_0[16]}}, inst_cellmath__113_0_0[16:3]},1'B0,1'B1}) << 4)
		+(({31{inst_cellmath__113_0_0[1]}}&{{{14{inst_cellmath__113_0_0[16]}}, inst_cellmath__113_0_0[16:2]},1'B0,1'B1}) << 2)
		+(({33{inst_cellmath__113_0_0[0]}}&{{{15{inst_cellmath__113_0_0[16]}}, inst_cellmath__113_0_0[16:1]},1'B0,1'B1}) << 0)
	);
endmodule

module cynw_cm_float_sin_inst_cellmath__201_0_bdw1955802540_bdw (
	inst_cellmath__201_0_out0,
	inst_cellmath__201_0_in0,
	inst_cellmath__201_0_in1,
	inst_cellmath__201_0_in2,
	inst_cellmath__201_0_in3,
	inst_cellmath__201_0_in4
	); /* architecture "behavioural" */ 
output [49:0] inst_cellmath__201_0_out0;
input [15:0] inst_cellmath__201_0_in0;
input [32:17] inst_cellmath__201_0_in1;
input [72:23] inst_cellmath__201_0_in2;
input [21:0] inst_cellmath__201_0_in3;
input [0:0] inst_cellmath__201_0_in4;
wire [29:0] inst_cellmath__195;
wire [20:0] inst_cellmath__197;
wire [16:0] inst_cellmath__113_0_1;
wire [20:0] inst_cellmath__197__131;
wire [1:0] inst_cellmath__116__W1_0_0_1_0;

assign inst_cellmath__195[29:4] = inst_cellmath__201_0_in2[72:47];

assign inst_cellmath__195[3:0] = inst_cellmath__201_0_in2[46:43];

assign inst_cellmath__197[17:3] = inst_cellmath__201_0_in2[40:26];

assign inst_cellmath__197[2:0] = inst_cellmath__201_0_in2[25:23];

assign inst_cellmath__197__131[19:0] = inst_cellmath__201_0_in2[42:23];

assign inst_cellmath__197__131[20] = 1'B1;

assign inst_cellmath__197[20:18] = inst_cellmath__197__131[20:18];

assign inst_cellmath__116__W1_0_0_1_0 = {inst_cellmath__201_0_in4,inst_cellmath__201_0_in0[15]};

assign inst_cellmath__113_0_1 = {inst_cellmath__116__W1_0_0_1_0,inst_cellmath__201_0_in0[14:0]};

wire [49:0] inst_cellmath__201_0_out0_tmp_0;
wire [49:0] inst_cellmath__201_0_out0_tmp_1;
wire [49:0] inst_cellmath__201_0_out0_tmp_2;
assign inst_cellmath__201_0_out0_tmp_2 = 
	+((inst_cellmath__195<<18));
assign inst_cellmath__201_0_out0_tmp_1 = inst_cellmath__201_0_out0_tmp_2
	+({{29{inst_cellmath__197[20]}}, inst_cellmath__197} * inst_cellmath__201_0_in1);
assign inst_cellmath__201_0_out0_tmp_0 = inst_cellmath__201_0_out0_tmp_1
	+((inst_cellmath__201_0_in3 * {{33{inst_cellmath__113_0_1[16]}}, inst_cellmath__113_0_1})<<4);
assign inst_cellmath__201_0_out0 = inst_cellmath__201_0_out0_tmp_0
	+(50'B00000000000000000000000001000000000000000000000000);
endmodule

module cynw_cm_float_sin_inst_cellmath__200_0_bdw1955802540_bdw (
	inst_cellmath__200_0_out0,
	inst_cellmath__200_0_in0
	); /* architecture "behavioural" */ 
output [48:0] inst_cellmath__200_0_out0;
input [49:0] inst_cellmath__200_0_in0;

reg [48:0] inst_cellmath__200_0_out0_tmp_0;
assign inst_cellmath__200_0_out0 = inst_cellmath__200_0_out0_tmp_0;
always @ (inst_cellmath__200_0_in0[49] or inst_cellmath__200_0_in0[48:0]) begin
	case (inst_cellmath__200_0_in0[49])
		1'B0 : inst_cellmath__200_0_out0_tmp_0 = inst_cellmath__200_0_in0[48:0] ;
		default : inst_cellmath__200_0_out0_tmp_0 = {49{1'b0}} ;
	endcase
end
endmodule

module cynw_cm_float_sin_inst_cellmath__19_0_bdw1955802540_bdw (
	inst_cellmath__19_0_out0,
	inst_cellmath__19_0_in0
	); /* architecture "behavioural" */ 
output  inst_cellmath__19_0_out0;
input [7:0] inst_cellmath__19_0_in0;

assign inst_cellmath__19_0_out0 = 
	(inst_cellmath__19_0_in0[7])
	&(inst_cellmath__19_0_in0[0])
	&(inst_cellmath__19_0_in0[1])
	&(inst_cellmath__19_0_in0[2])
	&(inst_cellmath__19_0_in0[3])
	&(inst_cellmath__19_0_in0[4])
	&(inst_cellmath__19_0_in0[5])
	&(inst_cellmath__19_0_in0[6]);
endmodule

module cynw_cm_float_sin_inst_cellmath__24_0_bdw1955802540_bdw (
	inst_cellmath__24_0_out0,
	inst_cellmath__24_0_in0
	); /* architecture "behavioural" */ 
output  inst_cellmath__24_0_out0;
input [22:0] inst_cellmath__24_0_in0;

assign inst_cellmath__24_0_out0 = 
	((~inst_cellmath__24_0_in0[0]))
	&((~inst_cellmath__24_0_in0[1]))
	&((~inst_cellmath__24_0_in0[2]))
	&((~inst_cellmath__24_0_in0[3]))
	&((~inst_cellmath__24_0_in0[4]))
	&((~inst_cellmath__24_0_in0[5]))
	&((~inst_cellmath__24_0_in0[6]))
	&((~inst_cellmath__24_0_in0[7]))
	&((~inst_cellmath__24_0_in0[8]))
	&((~inst_cellmath__24_0_in0[9]))
	&((~inst_cellmath__24_0_in0[10]))
	&((~inst_cellmath__24_0_in0[11]))
	&((~inst_cellmath__24_0_in0[12]))
	&((~inst_cellmath__24_0_in0[13]))
	&((~inst_cellmath__24_0_in0[14]))
	&((~inst_cellmath__24_0_in0[15]))
	&((~inst_cellmath__24_0_in0[16]))
	&((~inst_cellmath__24_0_in0[17]))
	&((~inst_cellmath__24_0_in0[18]))
	&((~inst_cellmath__24_0_in0[19]))
	&((~inst_cellmath__24_0_in0[20]))
	&((~inst_cellmath__24_0_in0[21]))
	&((~inst_cellmath__24_0_in0[22]));
endmodule

module cynw_cm_float_sin_inst_cellmath__66_0_bdw1955802540_bdw (
	inst_cellmath__66_0_out0,
	inst_cellmath__66_0_in0,
	inst_cellmath__66_0_in1,
	inst_cellmath__66_0_in2
	); /* architecture "behavioural" */ 
output  inst_cellmath__66_0_out0;
input  inst_cellmath__66_0_in0,
	inst_cellmath__66_0_in1,
	inst_cellmath__66_0_in2;

assign inst_cellmath__66_0_out0 = 
	((~inst_cellmath__66_0_in2))
	&(inst_cellmath__66_0_in1)
	&(inst_cellmath__66_0_in0);
endmodule

module cynw_cm_float_sin_inst_cellmath__67_0_bdw1955802540_bdw (
	inst_cellmath__67_0_out0,
	inst_cellmath__67_0_in0,
	inst_cellmath__67_0_in1,
	inst_cellmath__67_0_in2
	); /* architecture "behavioural" */ 
output  inst_cellmath__67_0_out0;
input  inst_cellmath__67_0_in0,
	inst_cellmath__67_0_in1,
	inst_cellmath__67_0_in2;

assign inst_cellmath__67_0_out0 = 
	(inst_cellmath__67_0_in2)
	&(inst_cellmath__67_0_in1)
	&(inst_cellmath__67_0_in0);
endmodule

module cynw_cm_float_sin_inst_cellmath__68_0_bdw1955802540_bdw (
	inst_cellmath__68_0_out0,
	inst_cellmath__68_0_in0,
	inst_cellmath__68_0_in1
	); /* architecture "behavioural" */ 
output  inst_cellmath__68_0_out0;
input  inst_cellmath__68_0_in0,
	inst_cellmath__68_0_in1;

assign inst_cellmath__68_0_out0 = 
	(inst_cellmath__68_0_in1)
	|(inst_cellmath__68_0_in0);
endmodule

module cynw_cm_float_sin_inst_cellmath__69_0_bdw1955802540_bdw (
	inst_cellmath__69_0_out0,
	inst_cellmath__69_0_in0,
	inst_cellmath__69_0_in1
	); /* architecture "behavioural" */ 
output  inst_cellmath__69_0_out0;
input  inst_cellmath__69_0_in0,
	inst_cellmath__69_0_in1;

assign inst_cellmath__69_0_out0 = 
	(inst_cellmath__69_0_in1)
	&((~inst_cellmath__69_0_in0));
endmodule

module cynw_cm_float_sin_inst_cellmath__82_0_bdw1955802540_bdw (
	inst_cellmath__82_0_out0,
	inst_cellmath__82_0_in0,
	inst_cellmath__82_0_in1
	); /* architecture "behavioural" */ 
output  inst_cellmath__82_0_out0;
input  inst_cellmath__82_0_in0,
	inst_cellmath__82_0_in1;

assign inst_cellmath__82_0_out0 = 
	(inst_cellmath__82_0_in1)
	|(inst_cellmath__82_0_in0);
endmodule

module cynw_cm_float_sin_inst_cellmath__17_0_bdw1955802540_bdw (
	inst_cellmath__17_0_out0,
	inst_cellmath__17_0_in0
	); /* architecture "behavioural" */ 
output  inst_cellmath__17_0_out0;
input [7:0] inst_cellmath__17_0_in0;

assign inst_cellmath__17_0_out0 = 
	((~inst_cellmath__17_0_in0[7]))
	&((~inst_cellmath__17_0_in0[0]))
	&((~inst_cellmath__17_0_in0[1]))
	&((~inst_cellmath__17_0_in0[2]))
	&((~inst_cellmath__17_0_in0[3]))
	&((~inst_cellmath__17_0_in0[4]))
	&((~inst_cellmath__17_0_in0[5]))
	&((~inst_cellmath__17_0_in0[6]));
endmodule

module cynw_cm_float_sin_inst_cellmath__79__46__bdw1955802540_bdw (
	inst_cellmath__79__46__out0,
	inst_cellmath__79__46__in0,
	inst_cellmath__79__46__in1
	); /* architecture "behavioural" */ 
output [0:0] inst_cellmath__79__46__out0;
input  inst_cellmath__79__46__in0,
	inst_cellmath__79__46__in1;

assign inst_cellmath__79__46__out0 = 
	(inst_cellmath__79__46__in1)
	|(inst_cellmath__79__46__in0);
endmodule

module cynw_cm_float_sin_inst_cellmath__228__231__bdw1955802540_bdw (
	inst_cellmath__228__231__out0,
	inst_cellmath__228__231__in0,
	inst_cellmath__228__231__in1,
	inst_cellmath__228__231__in2
	); /* architecture "behavioural" */ 
output [0:0] inst_cellmath__228__231__out0;
input  inst_cellmath__228__231__in0;
input [0:0] inst_cellmath__228__231__in1;
input  inst_cellmath__228__231__in2;

assign inst_cellmath__228__231__out0 = 
	(inst_cellmath__228__231__in2)
	|(inst_cellmath__228__231__in0)
	|(inst_cellmath__228__231__in1);
endmodule

module cynw_cm_float_sin_inst_cellmath__216__184__bdw1955802540_bdw (
	inst_cellmath__216__184__out0,
	inst_cellmath__216__184__in0
	); /* architecture "behavioural" */ 
output [0:0] inst_cellmath__216__184__out0;
input [7:0] inst_cellmath__216__184__in0;

assign inst_cellmath__216__184__out0 = (12'B000001110111>=inst_cellmath__216__184__in0);
endmodule

module cynw_cm_float_sin_inst_cellmath__219_0_bdw1955802540_bdw (
	inst_cellmath__219_0_out0,
	inst_cellmath__219_0_in0,
	inst_cellmath__219_0_in1
	); /* architecture "behavioural" */ 
output  inst_cellmath__219_0_out0;
input [22:22] inst_cellmath__219_0_in0;
input [48:48] inst_cellmath__219_0_in1;

assign inst_cellmath__219_0_out0 = 
	(inst_cellmath__219_0_in1)
	&(inst_cellmath__219_0_in0);
endmodule

module cynw_cm_float_sin_inst_cellmath__211__182__bdw1955802540_bdw (
	inst_cellmath__211__182__out0,
	inst_cellmath__211__182__in0
	); /* architecture "behavioural" */ 
output [4:0] inst_cellmath__211__182__out0;
input [47:25] inst_cellmath__211__182__in0;
wire [31:0] inst_cellmath__211__183;
wire [30:0] inst_cellmath__210;

assign inst_cellmath__210 = {{8{1'B0}}, inst_cellmath__211__182__in0};

assign inst_cellmath__211__183 = {inst_cellmath__210,1'B1};

reg [4:0] inst_cellmath__211__182__out0_tmp_0;
assign inst_cellmath__211__182__out0 = inst_cellmath__211__182__out0_tmp_0;
always @ (inst_cellmath__211__183) begin
	casez (inst_cellmath__211__183)
		32'B01?????????????????????????????? : inst_cellmath__211__182__out0_tmp_0 = 5'B00001 ;
		32'B001????????????????????????????? : inst_cellmath__211__182__out0_tmp_0 = 5'B00010 ;
		32'B0001???????????????????????????? : inst_cellmath__211__182__out0_tmp_0 = 5'B00011 ;
		32'B00001??????????????????????????? : inst_cellmath__211__182__out0_tmp_0 = 5'B00100 ;
		32'B000001?????????????????????????? : inst_cellmath__211__182__out0_tmp_0 = 5'B00101 ;
		32'B0000001????????????????????????? : inst_cellmath__211__182__out0_tmp_0 = 5'B00110 ;
		32'B00000001???????????????????????? : inst_cellmath__211__182__out0_tmp_0 = 5'B00111 ;
		32'B000000001??????????????????????? : inst_cellmath__211__182__out0_tmp_0 = 5'B01000 ;
		32'B0000000001?????????????????????? : inst_cellmath__211__182__out0_tmp_0 = 5'B01001 ;
		32'B00000000001????????????????????? : inst_cellmath__211__182__out0_tmp_0 = 5'B01010 ;
		32'B000000000001???????????????????? : inst_cellmath__211__182__out0_tmp_0 = 5'B01011 ;
		32'B0000000000001??????????????????? : inst_cellmath__211__182__out0_tmp_0 = 5'B01100 ;
		32'B00000000000001?????????????????? : inst_cellmath__211__182__out0_tmp_0 = 5'B01101 ;
		32'B000000000000001????????????????? : inst_cellmath__211__182__out0_tmp_0 = 5'B01110 ;
		32'B0000000000000001???????????????? : inst_cellmath__211__182__out0_tmp_0 = 5'B01111 ;
		32'B00000000000000001??????????????? : inst_cellmath__211__182__out0_tmp_0 = 5'B10000 ;
		32'B000000000000000001?????????????? : inst_cellmath__211__182__out0_tmp_0 = 5'B10001 ;
		32'B0000000000000000001????????????? : inst_cellmath__211__182__out0_tmp_0 = 5'B10010 ;
		32'B00000000000000000001???????????? : inst_cellmath__211__182__out0_tmp_0 = 5'B10011 ;
		32'B000000000000000000001??????????? : inst_cellmath__211__182__out0_tmp_0 = 5'B10100 ;
		32'B0000000000000000000001?????????? : inst_cellmath__211__182__out0_tmp_0 = 5'B10101 ;
		32'B00000000000000000000001????????? : inst_cellmath__211__182__out0_tmp_0 = 5'B10110 ;
		32'B000000000000000000000001???????? : inst_cellmath__211__182__out0_tmp_0 = 5'B10111 ;
		32'B0000000000000000000000001??????? : inst_cellmath__211__182__out0_tmp_0 = 5'B11000 ;
		32'B00000000000000000000000001?????? : inst_cellmath__211__182__out0_tmp_0 = 5'B11001 ;
		32'B000000000000000000000000001????? : inst_cellmath__211__182__out0_tmp_0 = 5'B11010 ;
		32'B0000000000000000000000000001???? : inst_cellmath__211__182__out0_tmp_0 = 5'B11011 ;
		32'B00000000000000000000000000001??? : inst_cellmath__211__182__out0_tmp_0 = 5'B11100 ;
		32'B000000000000000000000000000001?? : inst_cellmath__211__182__out0_tmp_0 = 5'B11101 ;
		32'B0000000000000000000000000000001? : inst_cellmath__211__182__out0_tmp_0 = 5'B11110 ;
		32'B00000000000000000000000000000001 : inst_cellmath__211__182__out0_tmp_0 = 5'B11111 ;
		default : inst_cellmath__211__182__out0_tmp_0 = 5'B00000 ;
	endcase
end
endmodule

module cynw_cm_float_sin_inst_cellmath__215_0_bdw1955802540_bdw (
	inst_cellmath__215_0_out0,
	inst_cellmath__215_0_in0
	); /* architecture "behavioural" */ 
output [4:0] inst_cellmath__215_0_out0;
input [4:0] inst_cellmath__215_0_in0;

assign inst_cellmath__215_0_out0 = 
	+(inst_cellmath__215_0_in0)
	-(5'B00111);
endmodule

module cynw_cm_float_sin_inst_cellmath__220__188__bdw1955802540_bdw (
	inst_cellmath__220__188__out0,
	inst_cellmath__220__188__in0,
	inst_cellmath__220__188__in1
	); /* architecture "behavioural" */ 
output [22:0] inst_cellmath__220__188__out0;
input [4:0] inst_cellmath__220__188__in0;
input [47:25] inst_cellmath__220__188__in1;

assign inst_cellmath__220__188__out0 = inst_cellmath__220__188__in1 << inst_cellmath__220__188__in0;
endmodule

module cynw_cm_float_sin_inst_cellmath__221__195__bdw1955802540_bdw (
	inst_cellmath__221__195__out0,
	inst_cellmath__221__195__in0
	); /* architecture "behavioural" */ 
output [6:0] inst_cellmath__221__195__out0;
input [4:0] inst_cellmath__221__195__in0;

assign inst_cellmath__221__195__out0 = 
	-(inst_cellmath__221__195__in0)
	+(7'B1111111);
endmodule

module cynw_cm_float_sin_inst_cellmath__220_2WWMM_bdw1955802540_bdw (
	inst_cellmath__220_2WWMM_out0,
	inst_cellmath__220_2WWMM_in0,
	inst_cellmath__220_2WWMM_in1,
	inst_cellmath__220_2WWMM_in2,
	inst_cellmath__220_2WWMM_in3,
	inst_cellmath__220_2WWMM_in4,
	inst_cellmath__220_2WWMM_in5
	); /* architecture "behavioural" */ 
output [30:0] inst_cellmath__220_2WWMM_out0;
input [6:0] inst_cellmath__220_2WWMM_in0;
input [22:0] inst_cellmath__220_2WWMM_in1;
input  inst_cellmath__220_2WWMM_in2;
input [0:0] inst_cellmath__220_2WWMM_in3;
input [22:0] inst_cellmath__220_2WWMM_in4;
input [7:0] inst_cellmath__220_2WWMM_in5;
wire [1:0] inst_cellmath__216_0;
wire [30:0] inst_cellmath__220_22_0__0,
	inst_cellmath__220_22_0__1;

assign inst_cellmath__216_0 = {inst_cellmath__220_2WWMM_in3,inst_cellmath__220_2WWMM_in2};

assign inst_cellmath__220_22_0__0 = {inst_cellmath__220_2WWMM_in1,1'B0,inst_cellmath__220_2WWMM_in0};

assign inst_cellmath__220_22_0__1 = {inst_cellmath__220_2WWMM_in4,inst_cellmath__220_2WWMM_in5};

reg [30:0] inst_cellmath__220_2WWMM_out0_tmp_0;
assign inst_cellmath__220_2WWMM_out0 = inst_cellmath__220_2WWMM_out0_tmp_0;
always @ (inst_cellmath__216_0 or inst_cellmath__220_22_0__0 or inst_cellmath__220_22_0__1) begin
	casez (inst_cellmath__216_0)
		2'B00 : inst_cellmath__220_2WWMM_out0_tmp_0 = inst_cellmath__220_22_0__0 ;
		2'B1? : inst_cellmath__220_2WWMM_out0_tmp_0 = inst_cellmath__220_22_0__1 ;
		default : inst_cellmath__220_2WWMM_out0_tmp_0 = 31'B0000000000000000000000001111111 ;
	endcase
end
endmodule

module cynw_cm_float_sin_inst_cellmath__223__208__bdw1955802540_bdw (
	inst_cellmath__223__208__out0,
	inst_cellmath__223__208__in0
	); /* architecture "behavioural" */ 
output [0:0] inst_cellmath__223__208__out0;
input [29:0] inst_cellmath__223__208__in0;

assign inst_cellmath__223__208__out0 = 
	(inst_cellmath__223__208__in0[8])
	|(inst_cellmath__223__208__in0[9])
	|(inst_cellmath__223__208__in0[10])
	|(inst_cellmath__223__208__in0[11])
	|(inst_cellmath__223__208__in0[12])
	|(inst_cellmath__223__208__in0[13])
	|(inst_cellmath__223__208__in0[14])
	|(inst_cellmath__223__208__in0[15])
	|(inst_cellmath__223__208__in0[16])
	|(inst_cellmath__223__208__in0[17])
	|(inst_cellmath__223__208__in0[18])
	|(inst_cellmath__223__208__in0[19])
	|(inst_cellmath__223__208__in0[20])
	|(inst_cellmath__223__208__in0[21])
	|(inst_cellmath__223__208__in0[22])
	|(inst_cellmath__223__208__in0[23])
	|(inst_cellmath__223__208__in0[24])
	|(inst_cellmath__223__208__in0[25])
	|(inst_cellmath__223__208__in0[26])
	|(inst_cellmath__223__208__in0[27])
	|(inst_cellmath__223__208__in0[28])
	|(inst_cellmath__223__208__in0[29])
	|(inst_cellmath__223__208__in0[0])
	|(inst_cellmath__223__208__in0[1])
	|(inst_cellmath__223__208__in0[2])
	|(inst_cellmath__223__208__in0[3])
	|(inst_cellmath__223__208__in0[4])
	|(inst_cellmath__223__208__in0[5])
	|(inst_cellmath__223__208__in0[6])
	|(inst_cellmath__223__208__in0[7]);
endmodule

module cynw_cm_float_sin_inst_cellmath__223__207__bdw1955802540_bdw (
	inst_cellmath__223__207__out0,
	inst_cellmath__223__207__in0,
	inst_cellmath__223__207__in1
	); /* architecture "behavioural" */ 
output [0:0] inst_cellmath__223__207__out0;
input [24:24] inst_cellmath__223__207__in0;
input  inst_cellmath__223__207__in1;

assign inst_cellmath__223__207__out0 = 
	(inst_cellmath__223__207__in0)
	^(inst_cellmath__223__207__in1);
endmodule

module cynw_cm_float_sin_inst_cellmath__223__199__bdw1955802540_bdw (
	inst_cellmath__223__199__out0,
	inst_cellmath__223__199__in0,
	inst_cellmath__223__199__in1,
	inst_cellmath__223__199__in2,
	inst_cellmath__223__199__in3
	); /* architecture "behavioural" */ 
output [0:0] inst_cellmath__223__199__out0;
input  inst_cellmath__223__199__in0;
input [0:0] inst_cellmath__223__199__in1,
	inst_cellmath__223__199__in2,
	inst_cellmath__223__199__in3;

assign inst_cellmath__223__199__out0 = 
	((~inst_cellmath__223__199__in0))
	&((~inst_cellmath__223__199__in1))
	&(inst_cellmath__223__199__in2)
	&(inst_cellmath__223__199__in3);
endmodule

module cynw_cm_float_sin_inst_cellmath__223_0_bdw1955802540_bdw (
	inst_cellmath__223_0_out0,
	inst_cellmath__223_0_in0,
	inst_cellmath__223_0_in1,
	inst_cellmath__223_0_in2
	); /* architecture "behavioural" */ 
output  inst_cellmath__223_0_out0;
input [0:0] inst_cellmath__223_0_in0,
	inst_cellmath__223_0_in1;
input  inst_cellmath__223_0_in2;

reg [0:0] inst_cellmath__223_0_out0_tmp_0;
assign inst_cellmath__223_0_out0 = inst_cellmath__223_0_out0_tmp_0;
always @ (inst_cellmath__223_0_in1 or inst_cellmath__223_0_in0 or inst_cellmath__223_0_in2) begin
	case (inst_cellmath__223_0_in1)
		1'B0 : inst_cellmath__223_0_out0_tmp_0 = inst_cellmath__223_0_in0 ;
		default : inst_cellmath__223_0_out0_tmp_0 = inst_cellmath__223_0_in2 ;
	endcase
end
endmodule

module cynw_cm_float_sin_inst_cellmath__224__212__bdw1955802540_bdw (
	inst_cellmath__224__212__out0,
	inst_cellmath__224__212__in0,
	inst_cellmath__224__212__in1
	); /* architecture "behavioural" */ 
output [0:0] inst_cellmath__224__212__out0;
input  inst_cellmath__224__212__in0;
input [0:0] inst_cellmath__224__212__in1;

assign inst_cellmath__224__212__out0 = 
	(inst_cellmath__224__212__in0)
	|((~inst_cellmath__224__212__in1));
endmodule

module cynw_cm_float_sin_inst_cellmath__228_0_bdw1955802540_bdw (
	inst_cellmath__228_0_out0,
	inst_cellmath__228_0_in0,
	inst_cellmath__228_0_in1,
	inst_cellmath__228_0_in2
	); /* architecture "behavioural" */ 
output [7:0] inst_cellmath__228_0_out0;
input [0:0] inst_cellmath__228_0_in0,
	inst_cellmath__228_0_in1;
input [7:0] inst_cellmath__228_0_in2;

reg [7:0] inst_cellmath__228_0_out0_tmp_0;
assign inst_cellmath__228_0_out0 = inst_cellmath__228_0_out0_tmp_0;
always @ (inst_cellmath__228_0_in0 or inst_cellmath__228_0_in2 or inst_cellmath__228_0_in1) begin
	case (inst_cellmath__228_0_in0)
		1'B0 : inst_cellmath__228_0_out0_tmp_0 = inst_cellmath__228_0_in2 ;
		default : inst_cellmath__228_0_out0_tmp_0 = {{7{inst_cellmath__228_0_in1}}, inst_cellmath__228_0_in1} ;
	endcase
end
endmodule

module cynw_cm_float_sin_inst_cellmath__231_0_bdw1955802540_bdw (
	inst_cellmath__231_0_out0,
	inst_cellmath__231_0_in0,
	inst_cellmath__231_0_in1,
	inst_cellmath__231_0_in2,
	inst_cellmath__231_0_in3
	); /* architecture "behavioural" */ 
output [22:0] inst_cellmath__231_0_out0;
input  inst_cellmath__231_0_in0;
input [0:0] inst_cellmath__231_0_in1;
input [30:8] inst_cellmath__231_0_in2;
input [46:46] inst_cellmath__231_0_in3;
wire [1:0] inst_cellmath__231__242_0_0_0;

assign inst_cellmath__231__242_0_0_0 = {inst_cellmath__231_0_in1,inst_cellmath__231_0_in3};

reg [22:0] inst_cellmath__231_0_out0_tmp_0;
assign inst_cellmath__231_0_out0 = inst_cellmath__231_0_out0_tmp_0;
always @ (inst_cellmath__231__242_0_0_0 or inst_cellmath__231_0_in2 or inst_cellmath__231_0_in0) begin
	casez (inst_cellmath__231__242_0_0_0)
		2'B0? : inst_cellmath__231_0_out0_tmp_0 = inst_cellmath__231_0_in2 ;
		default : inst_cellmath__231_0_out0_tmp_0 = {{22{inst_cellmath__231_0_in0}}, inst_cellmath__231_0_in0} ;
	endcase
end
endmodule

/* CADENCE  vrP3TQ/Wrw== : u9/ySgnWtBlWxVPRXgAZ4Og= ** DO NOT EDIT THIS LINE **/